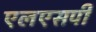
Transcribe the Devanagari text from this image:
एलएसपी